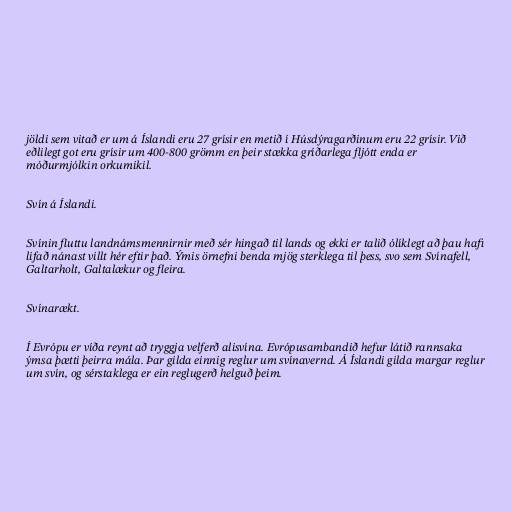
jöldi sem vitað er um á Íslandi eru 27 grísir en metið í Húsdýragarðinum eru 22 grísir. Við
eðlilegt got eru grísir um 400-800 grömm en þeir stækka gríðarlega fljótt enda er
móðurmjólkin orkumikil.

Svín á Íslandi.

Svínin fluttu landnámsmennirnir með sér hingað til lands og ekki er talið ólíklegt að þau hafi
lifað nánast villt hér eftir það. Ýmis örnefni benda mjög sterklega til þess, svo sem Svínafell,
Galtarholt, Galtalækur og fleira.

Svínarækt.

Í Evrópu er víða reynt að tryggja velferð alisvína. Evrópusambandið hefur látið rannsaka
ýmsa þætti þeirra mála. Þar gilda einnig reglur um svínavernd. Á Íslandi gilda margar reglur
um svín, og sérstaklega er ein reglugerð helguð þeim.